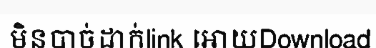
មិនបាច់ដាក់link អោយDownload